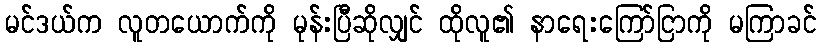
မင်ဒယ်က လူတယောက်ကို မုန်းပြီဆိုလျှင် ထိုလူ၏ နာရေးကြော်ငြာကို မကြာခင်